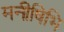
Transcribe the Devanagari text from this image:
मनीषिभि